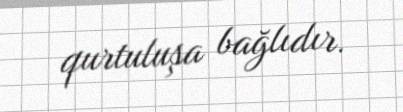
qurtuluşa bağlıdır.